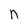
Character: n